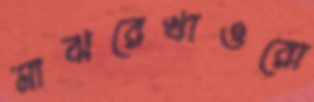
মাঝরেখাওরো